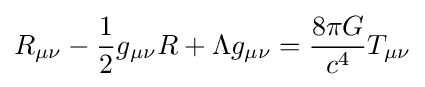
R_{\mu \nu }-{\frac {1}{2}}g_{\mu \nu }R+\Lambda g_{\mu \nu }={8\pi G \over c^{4}}T_{\mu \nu }